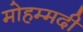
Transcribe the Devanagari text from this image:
मोहम्‍मदी